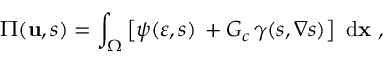
\Pi ( \mathbf { u } , s ) = \int _ { \Omega } \left[ \psi ( \boldsymbol \varepsilon , s ) \, + G _ { c } \, \gamma ( s , \nabla s ) \right] \ \mathrm { d } \mathbf { x } \ ,